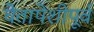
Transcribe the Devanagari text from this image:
चेतापेशीपूर्व